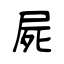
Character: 屍